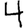
Digit: 4